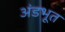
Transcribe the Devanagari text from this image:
अंडभूत